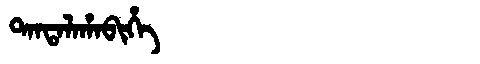
Manchu: ᡨᠠᠨᡨᠠᠯᠠᡥᠠᠪᡳᡥᡝ
Romanization: TANTALAHABIHE